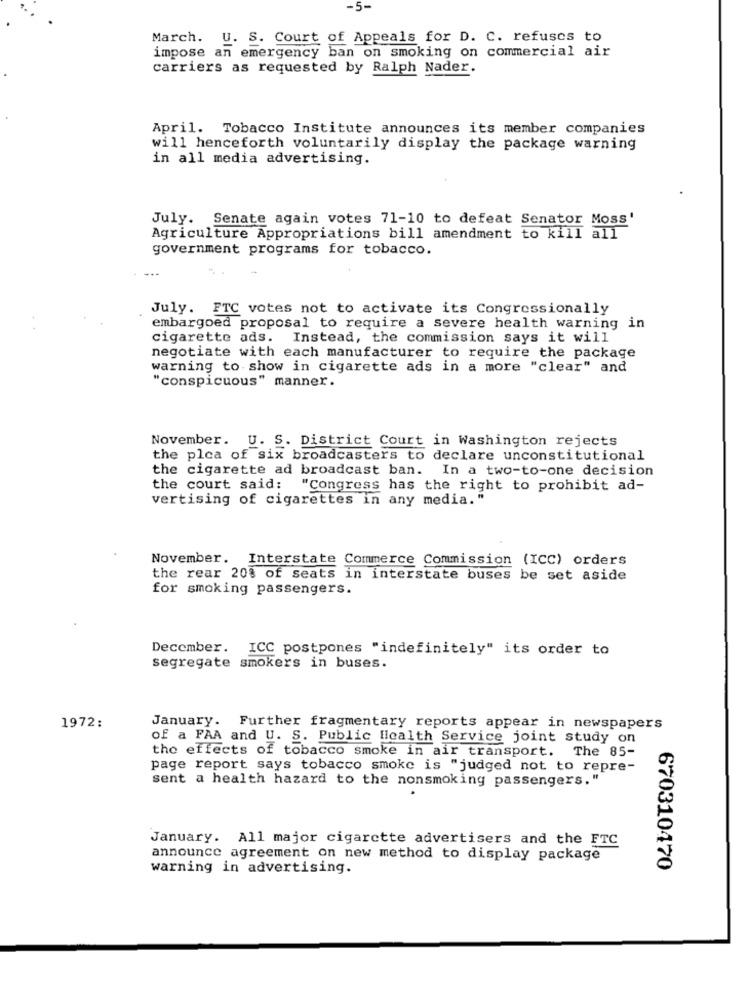
-5-
March. U. S. Court of Appeals for D. C. refuses to
impose an emergency ban on smoking on commercial air
carriers as requested by Ralph Nader.
April. Tobacco Institute announces its member companies
will henceforth voluntarily display the package warning
in all media advertising.
July. Senate again votes 71-10 to defeat Senator Moss'
Agriculture Appropriations bill amendment to kill all
government programs for tobacco.
July. FTC votes not to activate its Congressionally
embargoed proposal to require a severe health warning in
cigarette ads. Instead, the commission says it will
negotiate with each manufacturer to require the package
warning to show in cigarette ads in a more "clear" and
"conspicuous" manner.
November. U. S. District Court in Washington rejects
the plea of six broadcasters to declare unconstitutional
the cigarette ad broadcast ban. In a two-to-one decision
the court said:
"Congress has the right to prohibit ad-
vertising of cigarettes in any media."
November. Interstate Commerce Commission (ICC) orders
the rear 20% of seats in interstate buses be set aside
for smoking passengers.
December. ICC postpones "indefinitely" its order to
segregate smokers in buses.
1972:
January. Further fragmentary reports appear in newspapers
of a FAA and U. S. Public Health Service joint study on
the effects of tobacco smoke in air transport. The 85-
page report says tobacco smoke is "judged not to repre-
sent a health hazard to the nonsmoking passengers."
January. All major cigarette advertisers and the FTC
announce agreement on new method to display package
warning in advertising.
670310470